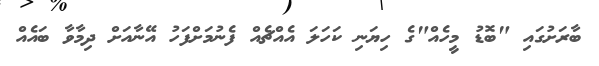
ބާރަށުގައި "ބޮޑު މީހެއް"ގެ ހިޔަނި ކަހަލަ އެއްޗެއް ފެނުމަށްފަހު އޭނާއަށް ދިމާވާ ބައެއް